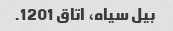
بیل سیاه، اتاق 1201.